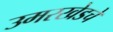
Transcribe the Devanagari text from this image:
उमरखेडचे